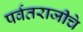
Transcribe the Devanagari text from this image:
पर्वतराजीचे